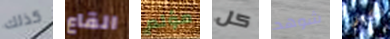
كذلك القاع مؤلم كل شوهد تكتفي